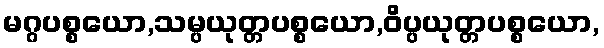
မဂ္ဂပစ္စယော,သမ္ပယုတ္တပစ္စယော,ဝိပ္ပယုတ္တပစ္စယော,